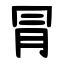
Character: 冐